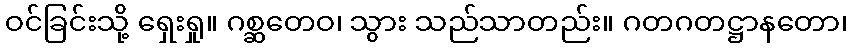
ဝင်ခြင်းသို့ ရှေးရှု။ ဂစ္ဆတေဝ၊ သွား သည်သာတည်း။ ဂတဂတဋ္ဌာနတော၊